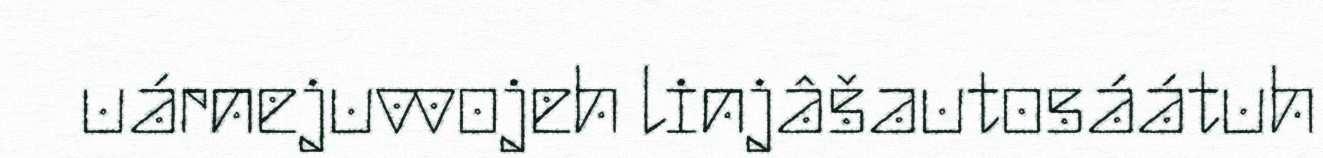
uárnejuvvojeh linjâšautosáátuh